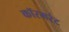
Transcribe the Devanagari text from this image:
कॉरमरंट